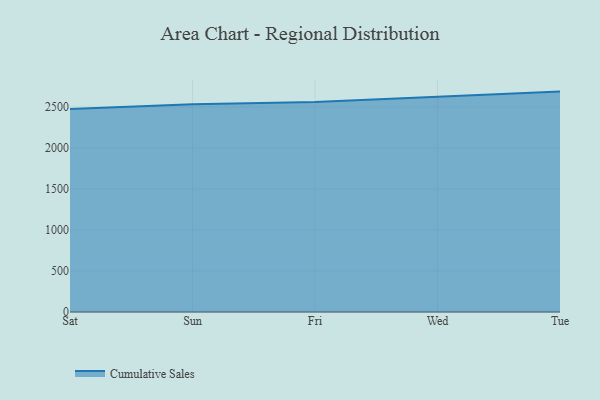
{"axis": {"x": "Day", "y": "Population (Million)"}, "legend": ["Cumulative Sales"], "data": [{"x": "Sat", "y": 2476.0, "type": "Cumulative Sales"}, {"x": "Sun", "y": 2532.5, "type": "Cumulative Sales"}, {"x": "Fri", "y": 2561.1, "type": "Cumulative Sales"}, {"x": "Wed", "y": 2623.1, "type": "Cumulative Sales"}, {"x": "Tue", "y": 2686.8, "type": "Cumulative Sales"}]}